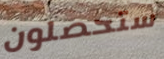
ستحصلون